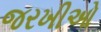
જરખીઓ